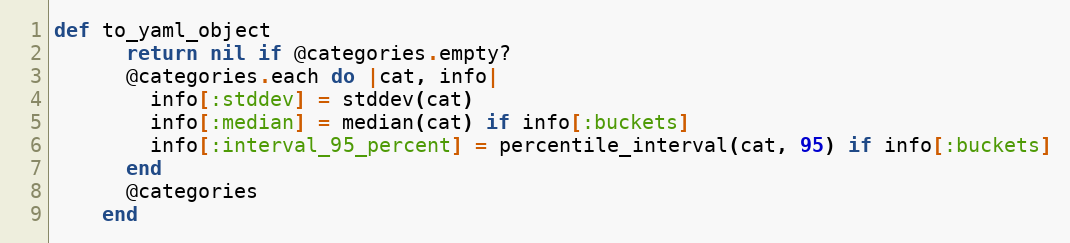
Language: Ruby
def to_yaml_object
      return nil if @categories.empty?
      @categories.each do |cat, info|
        info[:stddev] = stddev(cat)
        info[:median] = median(cat) if info[:buckets]
        info[:interval_95_percent] = percentile_interval(cat, 95) if info[:buckets]
      end
      @categories
    end